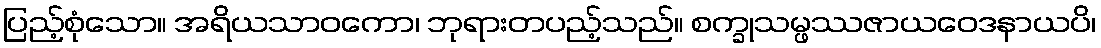
ပြည့်စုံသော။ အရိယသာဝကော၊ ဘုရားတပည့်သည်။ စက္ခုသမ္ဖဿဇာယဝေဒနာယပိ၊